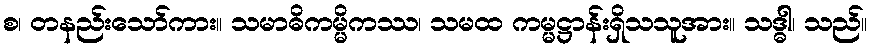
စ၊ တနည်းသော်ကား။ သမာဓိကမ္မိကဿ၊ သမထ ကမ္မဋ္ဌာန်းရှိသသူအား။ သဒ္ဓါ၊ သည်။